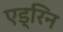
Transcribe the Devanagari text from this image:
एड्रिन